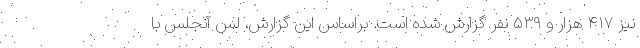
نیز ۴۱۷ هزار و ۵۳۹ نفر گزارش شده است. براساس این گزارش، لس آنجلس با